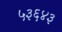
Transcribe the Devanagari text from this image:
५३६४३